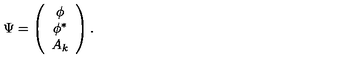
\Psi = \left( \begin{array} { c } { \phi } \\ { \phi ^ { \ast } } \\ { A _ { k } } \\ \end{array} \right) .